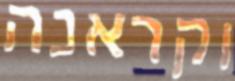
וקראנה